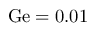
\mathrm { G e } = 0 . 0 1